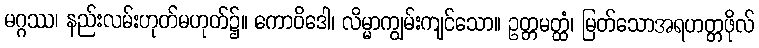
မဂ္ဂဿ၊ နည်းလမ်းဟုတ်မဟုတ်၌။ ကောဝိဒေါ၊ လိမ္မာကျွမ်းကျင်သော။ ဥတ္တမတ္ထံ၊ မြတ်သောအရဟတ္တဖိုလ်